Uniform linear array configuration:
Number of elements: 12
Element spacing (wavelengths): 0.75
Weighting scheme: uniform
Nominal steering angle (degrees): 60
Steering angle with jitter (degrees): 58.849
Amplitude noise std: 0.05
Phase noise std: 0.05

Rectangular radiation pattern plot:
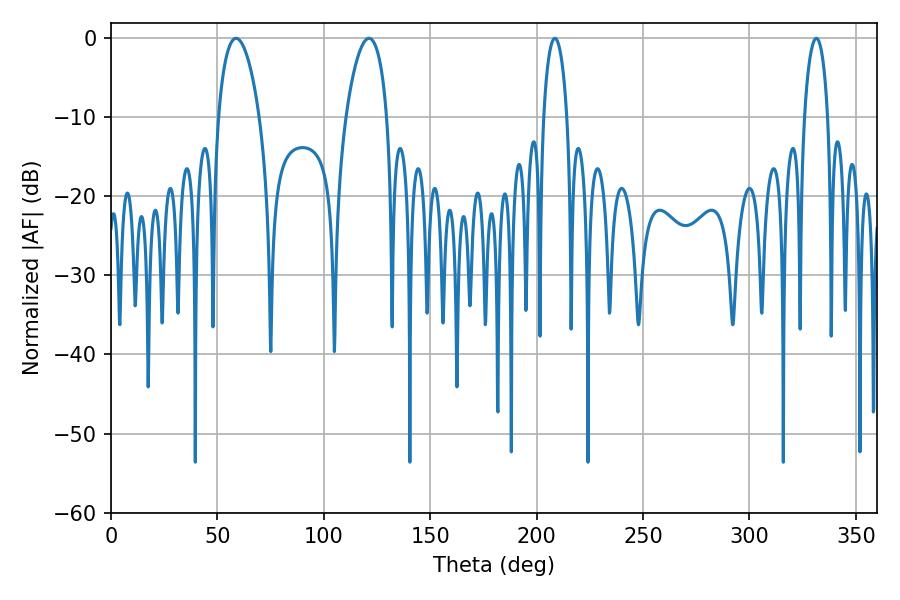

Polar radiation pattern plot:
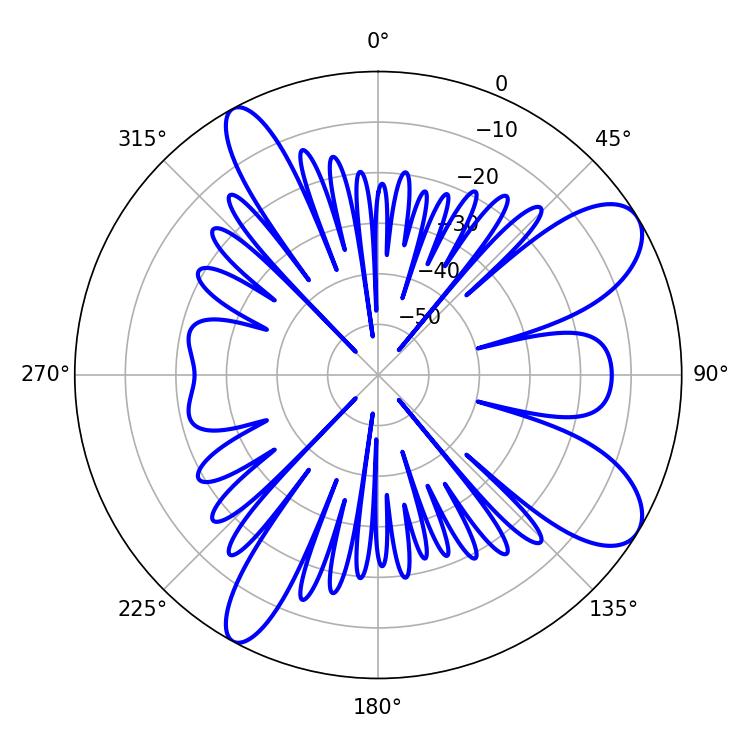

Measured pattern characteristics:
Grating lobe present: TRUE
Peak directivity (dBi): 9.23
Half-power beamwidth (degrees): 6.3
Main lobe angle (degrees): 331.38